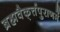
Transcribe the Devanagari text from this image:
ब्रह्मवैक्‌र्त्तपुराणमें